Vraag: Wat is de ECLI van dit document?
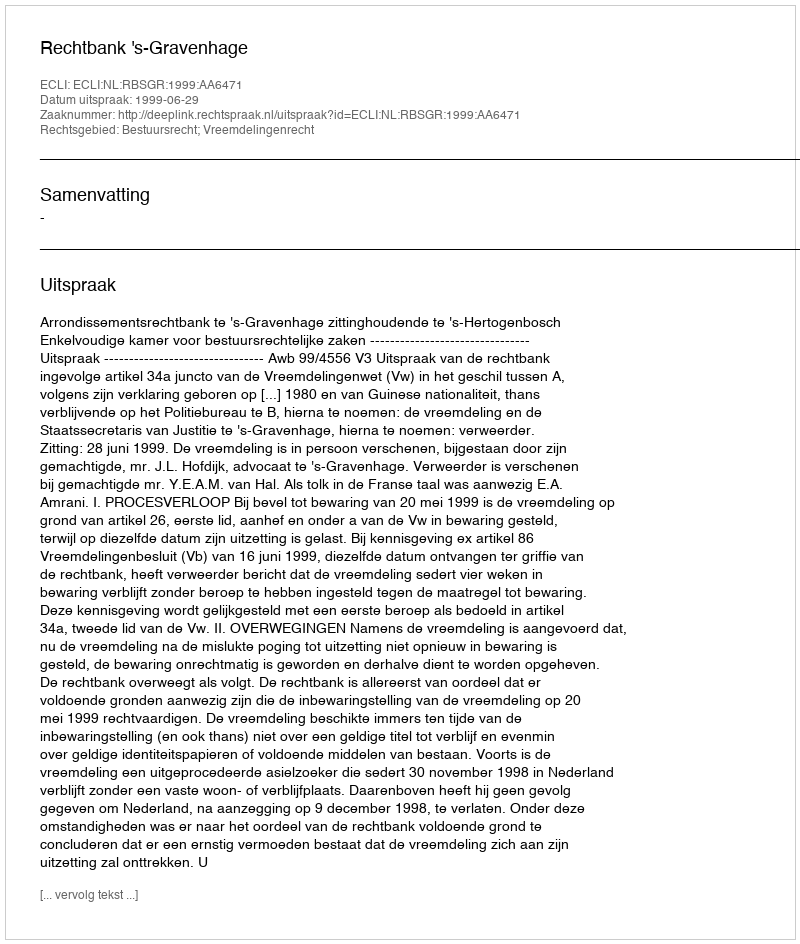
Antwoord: ECLI:NL:RBSGR:1999:AA6471